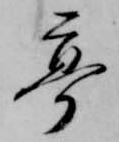
亭